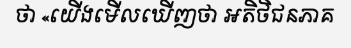
ថា «យើងមើលឃើញថា អតិថិជនភាគ